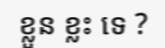
ខ្លួន ខ្លះ ទេ ?